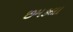
છમકલા